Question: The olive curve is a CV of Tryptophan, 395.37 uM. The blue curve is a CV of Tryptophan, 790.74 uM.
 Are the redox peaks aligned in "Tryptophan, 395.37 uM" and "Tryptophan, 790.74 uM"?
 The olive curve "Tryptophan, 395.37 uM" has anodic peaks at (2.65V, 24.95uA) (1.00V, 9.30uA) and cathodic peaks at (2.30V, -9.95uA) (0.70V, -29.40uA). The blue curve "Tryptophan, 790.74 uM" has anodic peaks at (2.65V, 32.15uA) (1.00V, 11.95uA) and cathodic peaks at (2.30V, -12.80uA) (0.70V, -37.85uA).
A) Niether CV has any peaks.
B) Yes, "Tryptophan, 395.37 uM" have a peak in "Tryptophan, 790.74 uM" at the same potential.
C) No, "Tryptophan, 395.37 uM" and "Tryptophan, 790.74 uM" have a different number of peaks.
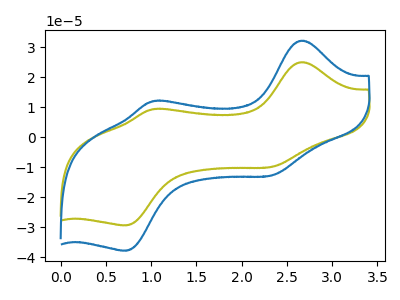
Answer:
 <answer>B) Yes, "Tryptophan, 395.37 uM" have a peak in "Tryptophan, 790.74 uM" at the same potential.</answer>
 <eval>B</eval>